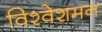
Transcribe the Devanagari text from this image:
विश्वेशमन